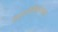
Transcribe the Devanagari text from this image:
सर्वलोकैकनाथम्।।